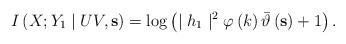
LaTeX: \begin{align*}I\left( X;Y_1 \mid UV,\mathbf{s}\right) =\log \left( \mid h_1\mid^2 \varphi \left( k\right) \bar{\vartheta}\left( \mathbf{s}\right) +1\right).\end{align*}